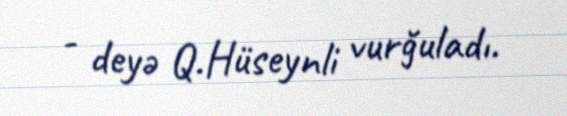
- deyə Q.Hüseynli vurğuladı.